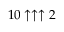
1 0 \uparrow \uparrow \uparrow 2